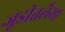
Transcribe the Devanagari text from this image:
जूडीतलैया